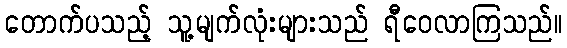
တောက်ပသည့် သူ့မျက်လုံးများသည် ရီဝေလာကြသည်။